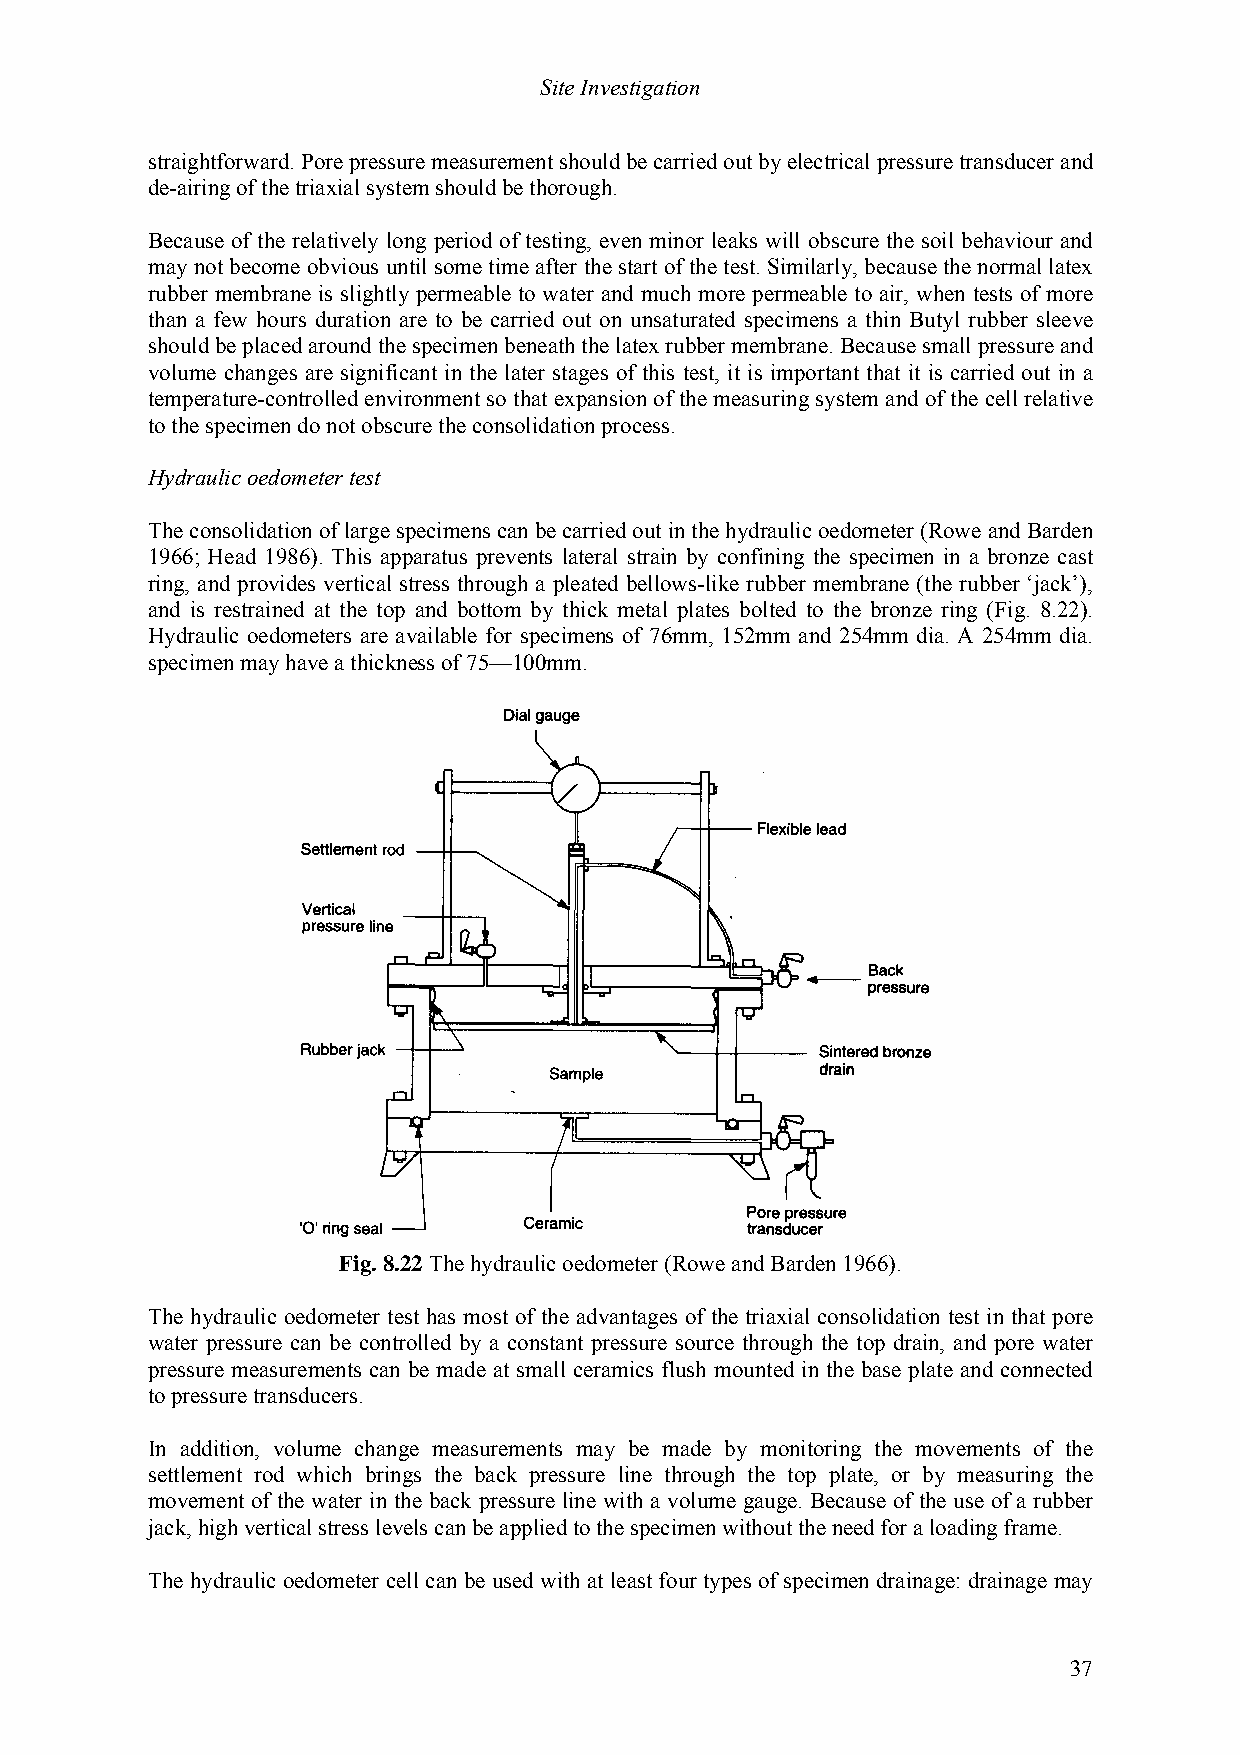
Site Investigation
 straightforward. Pore pressure measurement should be carried out by electrical pressure transducer and
 de-airing of the triaxial system should be thorough.
 Because of the relatively long period of testing, even minor leaks will obscure the soil behaviour and
 may not become obvious until some time after the start of the test. Similarly, because the normal latex
 rubber membrane is slightly permeable to water and much more permeable to air, when tests of more
 than a few hours duration are to be carried out on unsaturated specimens a thin Butyl rubber sleeve
 should be placed around the specimen beneath the latex rubber membrane. Because small pressure and
 volume changes are significant in the later stages of this test, it is important that it is carried out in a
 temperature-controlled environment so that expansion of the measuring system and of the cell relative
 to the specimen do not obscure the consolidation process.
 Hydraulic oedometer test
 The consolidation of large specimens can be carried out in the hydraulic oedometer (Rowe and Barden
 1966; Head 1986). This apparatus prevents lateral strain by confining the specimen in a bronze cast
 ring, and provides vertical stress through a pleated bellows-like rubber membrane (the rubber ‘jack’),
 and is restrained at the top and bottom by thick metal plates bolted to the bronze ring (Fig. 8.22).
 Hydraulic oedometers are available for specimens of 76mm, 152mm and 254mm dia. A 254mm dia.
 specimen may have a thickness of 75—100mm.
 Fig. 8.22 The hydraulic oedometer (Rowe and Barden 1966).
 The hydraulic oedometer test has most of the advantages of the triaxial consolidation test in that pore
 water pressure can be controlled by a constant pressure source through the top drain, and pore water
 pressure measurements can be made at small ceramics flush mounted in the base plate and connected
 to pressure transducers.
 In addition, volume change measurements may be made by monitoring the movements of the
 settlement rod which brings the back pressure line through the top plate, or by measuring the
 movement of the water in the back pressure line with a volume gauge. Because of the use of a rubber
 jack, high vertical stress levels can be applied to the specimen without the need for a loading frame.
 The hydraulic oedometer cell can be used with at least four types of specimen drainage: drainage may
 37